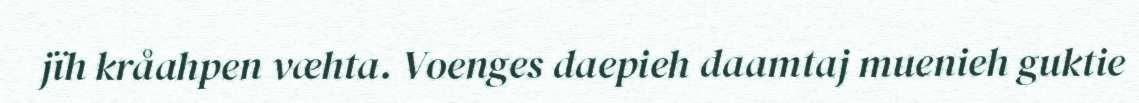
jïh kråahpen væhta. Voenges daepieh daamtaj muenieh guktie